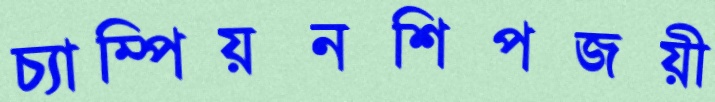
চ্যাম্পিয়নশিপজয়ী